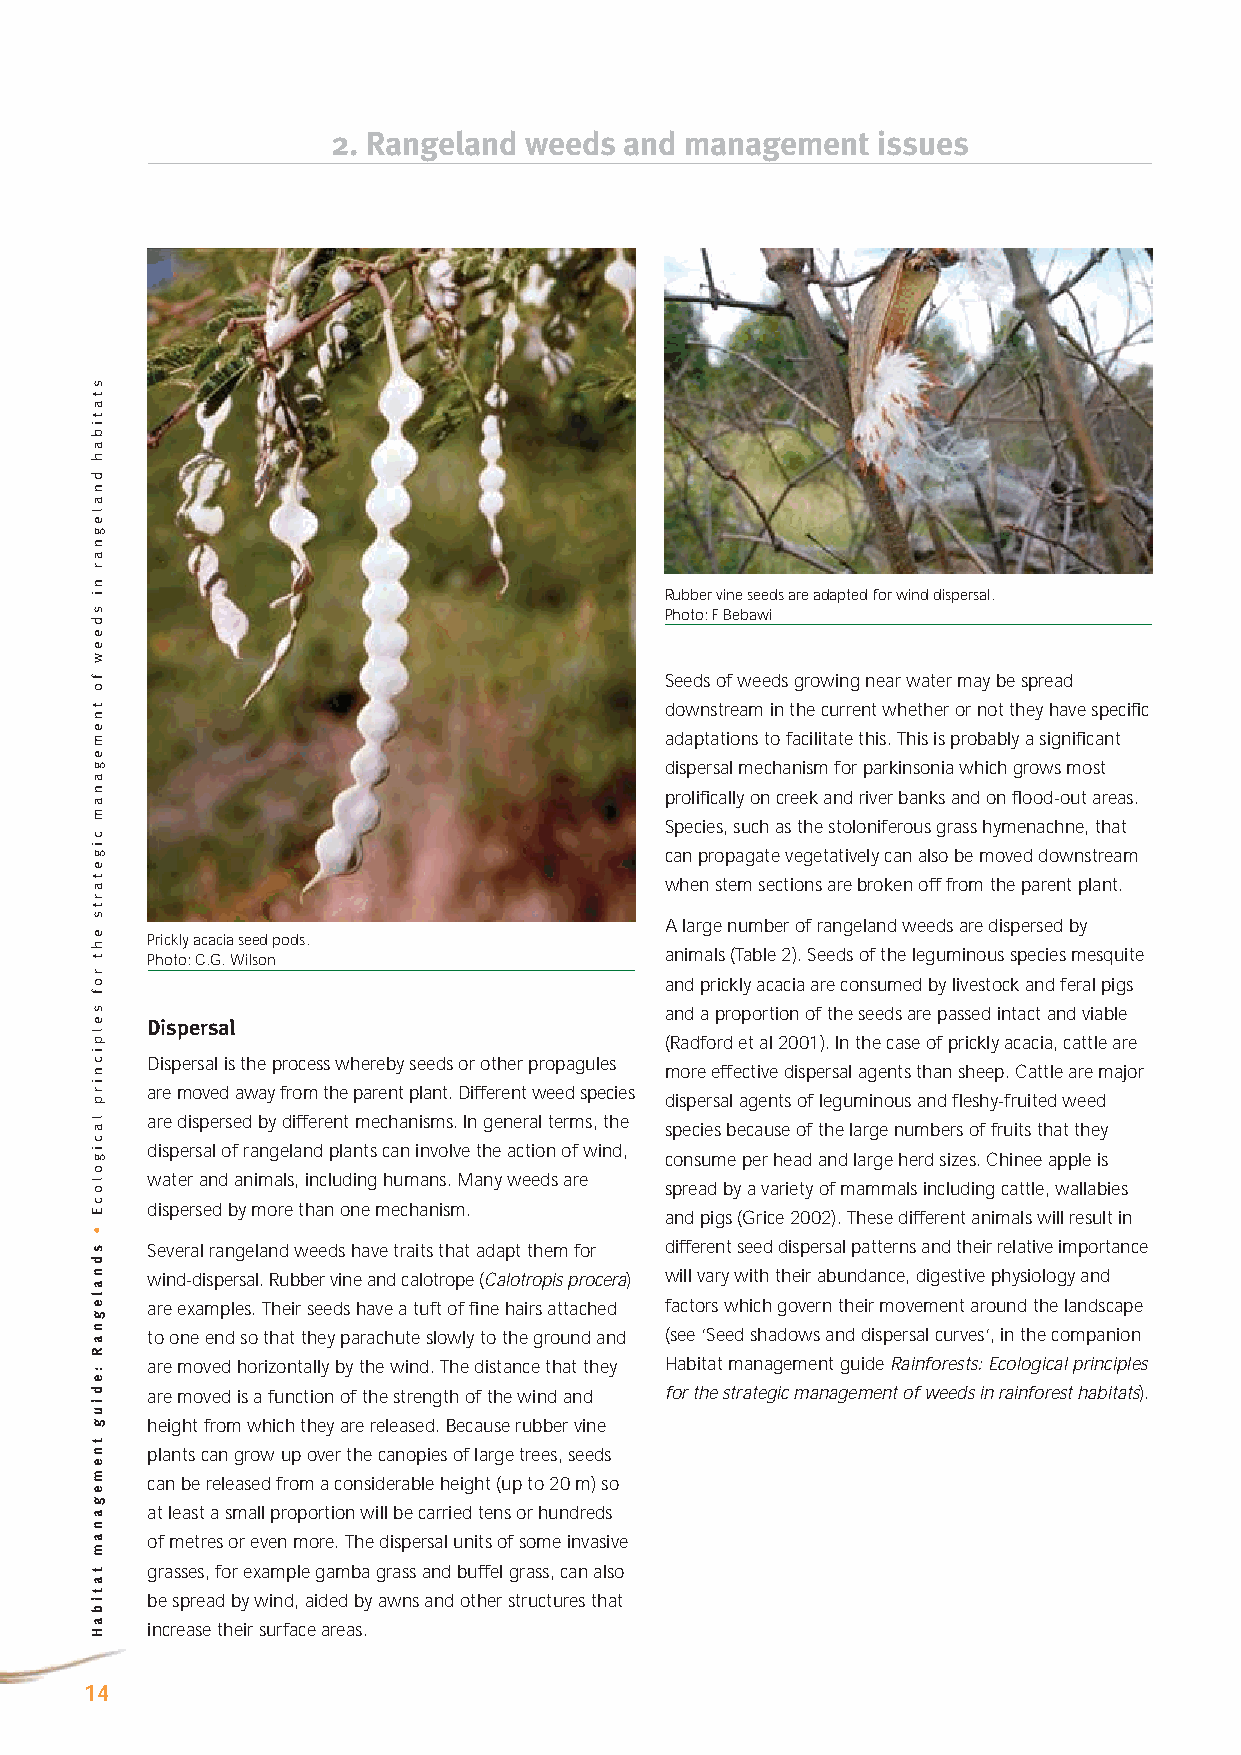
2. Rangeland weeds and management   issues
 Rubber vine seeds are adapted for wind dispersal.
 Photo: F Bebawi
 Seeds of weeds growing near water may be spread
 downstream in the current whether or not they have specific
 adaptations to facilitate this. This is probably a significant
 dispersal mechanism for parkinsonia which grows most
 prolifically on creek and river banks and on flood-out areas.
 Species, such as the stoloniferous grass hymenachne, that
 can propagate vegetatively can also be moved downstream
 when stem sections are broken off from the parent plant.
 A large number of rangeland weeds are dispersed by
 Prickly acacia seed pods.
 animals (Table 2). Seeds of the leguminous species mesquite
 Photo: C.G. Wilson
 and prickly acacia are consumed by livestock and feral pigs
 and a proportion of the seeds are passed intact and viable
 Dispersal
 (Radford et al 2001). In the case of prickly acacia, cattle are
 Dispersal is the process whereby seeds or other propagules
 more effective dispersal agents than sheep. Cattle are major
 are moved away from the parent plant. Different weed species
 dispersal agents of leguminous and fleshy-fruited weed
 are dispersed by different mechanisms. In general terms, the
 species because of the large numbers of fruits that they
 dispersal of rangeland plants can involve the action of wind,
 consume per head and large herd sizes. Chinee apple is
 water and animals, including humans. Many weeds are
 spread by a variety of mammals including cattle, wallabies
 dispersed by more than one mechanism.
 and pigs (Grice 2002). These different animals will result in
 Several rangeland weeds have traits that adapt them for different seed dispersal patterns and their relative importance
 wind-dispersal. Rubber vine and calotrope (Calotropis procera) will vary with their abundance, digestive physiology and
 are examples. Their seeds have a tuft of fine hairs attached factors which govern their movement around the landscape
 to one end so that they parachute slowly to the ground and (see ‘Seed shadows and dispersal curves’, in the companion
 are moved horizontally by the wind. The distance that they Habitat management guide Rainforests: Ecological principles
 are moved is a function of the strength of the wind and for the strategic management of weeds in rainforest habitats).
 height from which they are released. Because rubber vine
 plants can grow up over the canopies of large trees, seeds
 can be released from a considerable height (up to 20 m) so
 at least a small proportion will be carried tens or hundreds
 of metres or even more. The dispersal units of some invasive
 grasses, for example gamba grass and buffel grass, can also
 be spread by wind, aided by awns and other structures that
 increase their surface areas.
 14
 statibah
 dnalegnar
 ni
 sdeew
 fo
 tnemeganam
 cigetarts
 eht
 rof
 selpicnirp
 lacigolocE
 •
 sdnalegnaR
 :ediug
 tnemeganam
 tatibaH